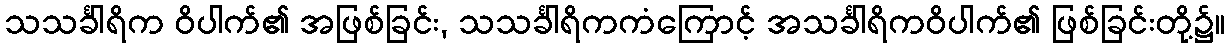
သသင်္ခါရိက ဝိပါက်၏ အဖြစ်ခြင်း, သသင်္ခါရိကကံကြောင့် အသင်္ခါရိကဝိပါက်၏ ဖြစ်ခြင်းတို့၌။